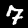
Label: 7